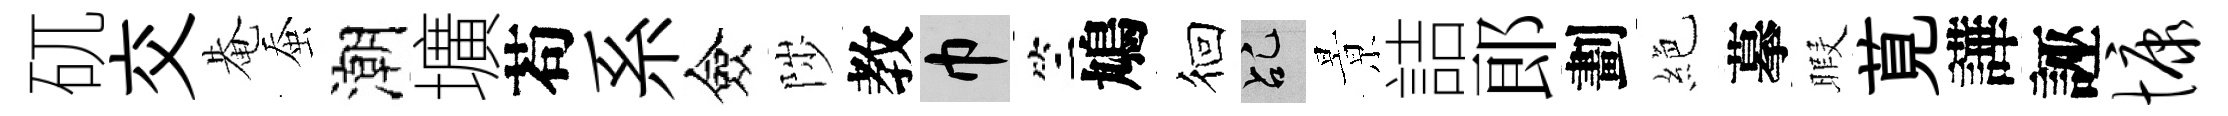
矹交𤲅蚕潮壙苟系僉陟教巾竺鳩徊乩㬌詰郎劃絶摹暇莧譁誣慷